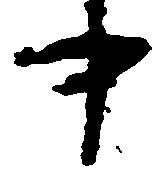
中